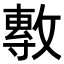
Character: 𭤈